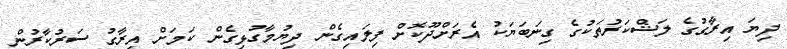
ދިޔަ އިރާގުގެ ލަޝްކަރުތަކުގެ ގިނަބަޔަކު އެރަށްދޫކޮށް ފިލައިގެން ދިޔުމާގުޅިގެން ކަމަށް އިރާގު ސަރުކާރުން